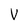
Character: V